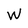
Character: W